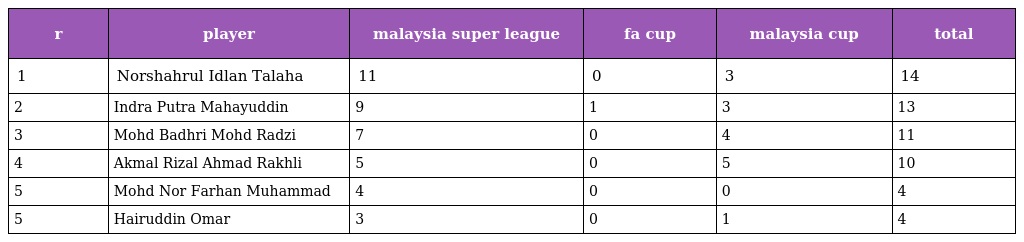
| r | player | malaysia super league | fa cup | malaysia cup | total |
 | --- | --- | --- | --- | --- | --- |
 | 1 | Norshahrul Idlan Talaha | 11 | 0 | 3 | 14 |
 | 2 | Indra Putra Mahayuddin | 9 | 1 | 3 | 13 |
 | 3 | Mohd Badhri Mohd Radzi | 7 | 0 | 4 | 11 |
 | 4 | Akmal Rizal Ahmad Rakhli | 5 | 0 | 5 | 10 |
 | 5 | Mohd Nor Farhan Muhammad | 4 | 0 | 0 | 4 |
 | 5 | Hairuddin Omar | 3 | 0 | 1 | 4 |